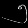
Digit: ၅